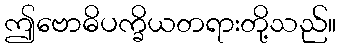
ဤဗောဓိပက္ခိယတရားတို့သည်။